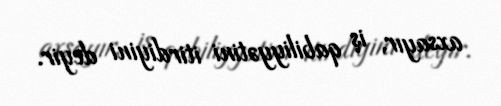
axsayır, iş qabiliyyətini itirdiyini deyir.